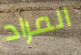
المراد